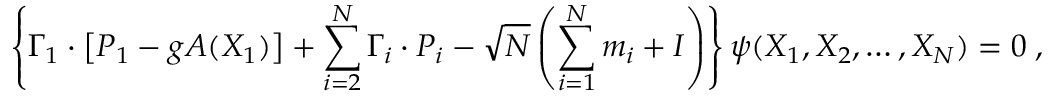
\left\{ \Gamma _ { 1 } \cdot \left[ P _ { 1 } - g A ( X _ { 1 } ) \right] + \sum _ { i = 2 } ^ { N } \Gamma _ { i } \cdot P _ { i } - \sqrt { N } \left( \sum _ { i = 1 } ^ { N } m _ { i } + I \right) \right\} \psi ( X _ { 1 } , X _ { 2 } , \ldots , X _ { N } ) = 0 \; ,